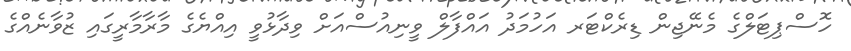
ހޮސްޕިޓަލްގެ މެނޭޖިން ޑިރެކްޓަރ އަހުމަދު އައްފާލް ވީނިއުސްއަށް ވިދާޅުވީ އިއްޔެގެ މާރާމާރީގައި ޒުވާނެއްގެ